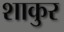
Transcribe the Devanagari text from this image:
शाकुर